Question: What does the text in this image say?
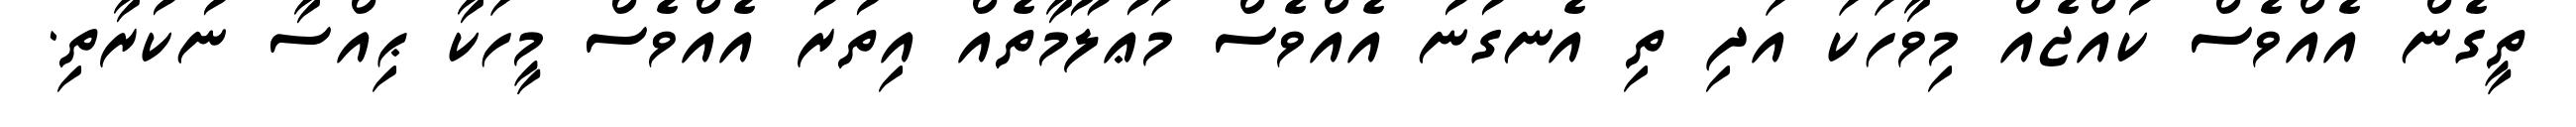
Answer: ތީގެން އެއްވެސް ކުއްޖެއް މިވާހަކަ އަދި ތި އެނގުނު އެއްވެސް މަޢުލޫމާތެއް އިތުރު އެއްވެސް މީހަކާ ޙިއްސާ ނުކުރާތި.